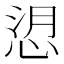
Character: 𢚑